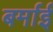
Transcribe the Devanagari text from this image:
बर्माई